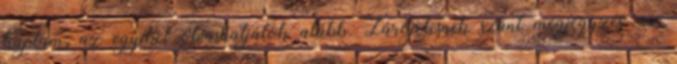
kaptam; az egyiket olvashatjátok alább. Zárójelesnek szánt megjegyzés: az